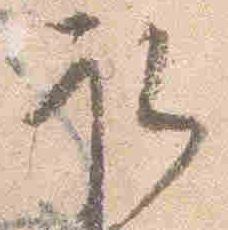
取